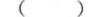
( )